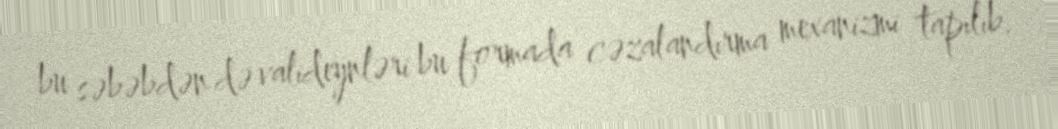
bu səbəbdən də valideynləri bu formada cəzalandırma mexanizmi tapılıb.